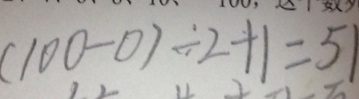
( 1 0 0 - 0 ) \div 2 + 1 = 5 1